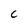
Character: C